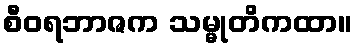
စီဝရဘာဇက သမ္မုတိကထာ။